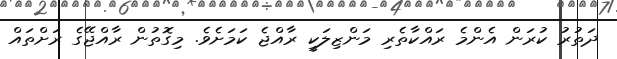
ދަތުރު ކުރަން އެންމެ ރައްކާތެރި މަންޒިލަކީ ރާއްޖެ ކަމަށެވެ. މިގޮތުން ރާއްޖޭގެ ރަށްތައް